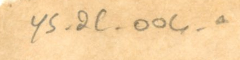
YS_2C_004a